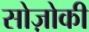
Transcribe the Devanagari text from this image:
सोज़ोकी